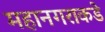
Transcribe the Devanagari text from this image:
महानगराकडे